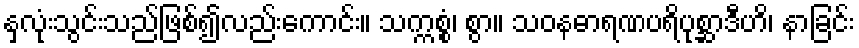
နှလုံးသွင်းသည်ဖြစ်၍လည်းကောင်း။ သက္ကစ္စံ၊ စွာ။ သဝနဓာရဏပရိပုစ္ဆာဒီဟိ၊ နာခြင်း